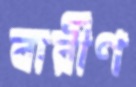
বারীণ